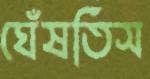
ঘেঁষতিস